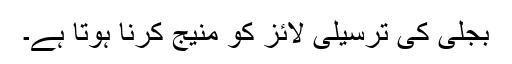
بجلی کی ترسیلی لائز کو منیج کرنا ہوتا ہے۔